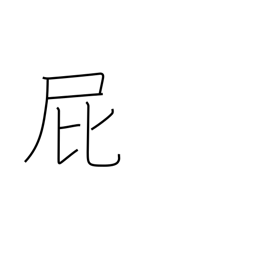
Meaning: passing gas